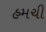
હમચી